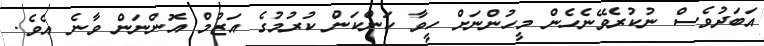
އަބަދުވެސް ނުކުރެވޭނެހެން މީހުންނަށް ހީވާ ކަންކަން ކުރުމުގެ އަޒުމް އޮންނަން ވާނެ އެވެ.